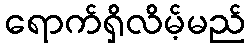
ရောက်ရှိလိမ့်မည်